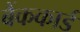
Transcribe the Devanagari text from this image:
बैंककार्ड